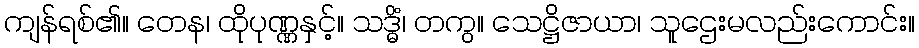
ကျန်ရစ်၏။ တေန၊ ထိုပုဏ္ဏနှင့်။ သဒ္ဓိံ၊ တကွ။ သေဋ္ဌိဇာယာ၊ သူဌေးမလည်းကောင်း။